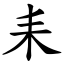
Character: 耒